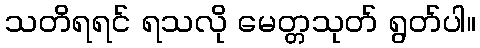
သတိရရင် ရသလို မေတ္တသုတ် ရွတ်ပါ။